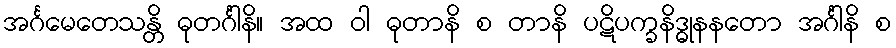
အင်္ဂမေတေသန္တိ ဓုတင်္ဂါနိ။ အထ ဝါ ဓုတာနိ စ တာနိ ပဋိပက္ခနိဒ္ဓုနနတော အင်္ဂါနိ စ